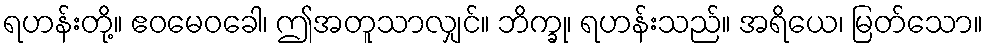
ရဟန်းတို့။ ဧဝမေဝခေါ၊ ဤအတူသာလျှင်။ ဘိက္ခု၊ ရဟန်းသည်။ အရိယေ၊ မြတ်သော။